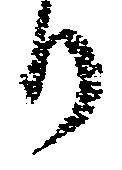
り